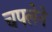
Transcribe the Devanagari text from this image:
चपलेने